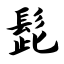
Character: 髭